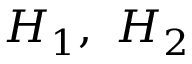
H _ { 1 } , \ H _ { 2 }